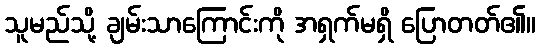
သူမည်သို့ ချမ်းသာကြောင်းကို အရှက်မရှိ ပြောတတ်၏။